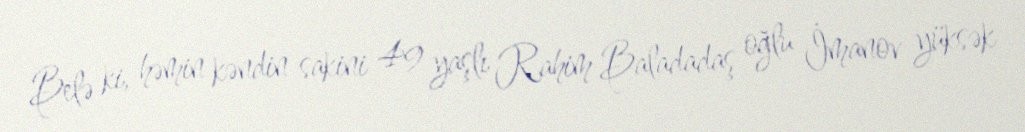
Belə ki, həmin kəndin sakini 49 yaşlı Rahim Baladadaş oğlu İmanov yüksək